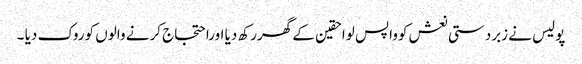
پولیس نے زبردستی نعش کوواپس لواحقین کے گھررکھ دیا اوراحتجاج کرنے والوں کوروک دیا ۔